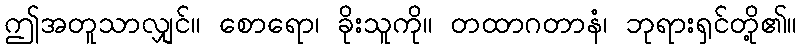
ဤအတူသာလျှင်။ စောရော၊ ခိုးသူကို။ တထာဂတာနံ၊ ဘုရားရှင်တို့၏။